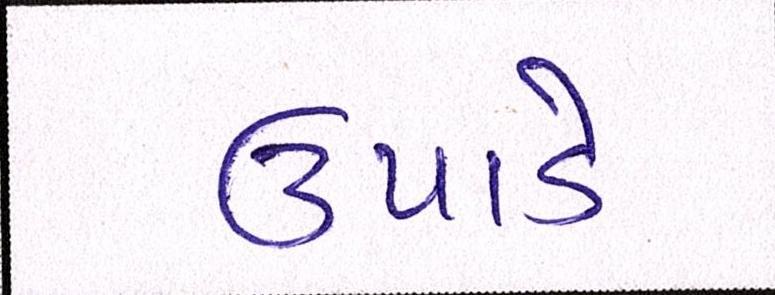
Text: ઉપાડે